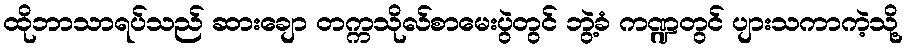
ထိုဘာသာရပ်သည် ဆားချော တက္ကသိုလ်စာမေးပွဲတွင် ဘွဲ့ခံ ကဏ္ဍတွင် ပျားသကာကဲ့သို့